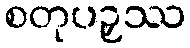
စတုပဉှဿ